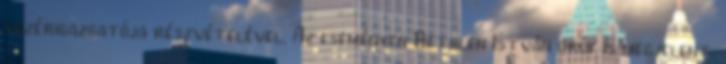
vezérigazgatója részvételével. Az eseményen Bethlen István gróf is megjelent.